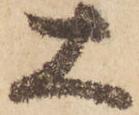
大